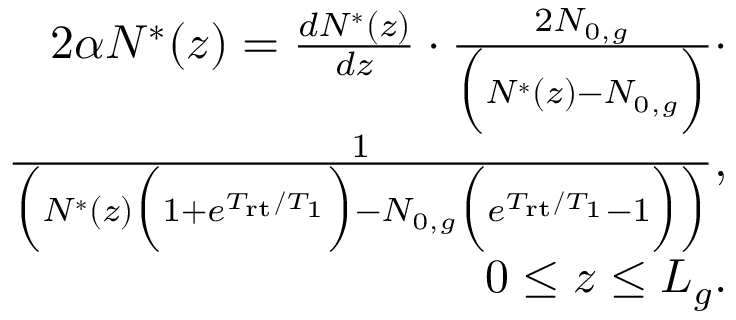
\begin{array} { r l r } & { } & { 2 \alpha N ^ { * } ( z ) = \frac { d N ^ { * } ( z ) } { d z } \cdot \frac { 2 N _ { 0 , g } } { \Big ( N ^ { * } ( z ) - N _ { 0 , g } \Big ) } \cdot } \\ & { } & { \frac { 1 } { \Big ( N ^ { * } ( z ) \Big ( 1 + e ^ { T _ { \mathrm { r t } } / T _ { 1 } } \Big ) - N _ { 0 , g } \Big ( e ^ { T _ { \mathrm { r t } } / T _ { 1 } } - 1 \Big ) \Big ) } , } \\ & { } & { 0 \le z \le L _ { g } . } \end{array}